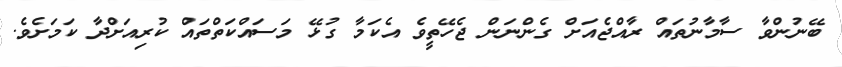
ބޭނުންވާ ސާމާނުތައް ރާއްޖެއަށް ގެންނަން ޖެހޭތީވެ އެކަމާ ގުޅޭ މަސައްކަތްތައް ކުރިއަށްދާ ކަމަށެެވެ.